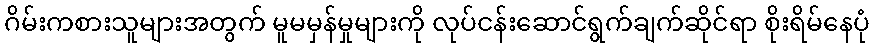
ဂိမ်းကစားသူများအတွက် မူမမှန်မှုများကို လုပ်ငန်းဆောင်ရွက်ချက်ဆိုင်ရာ စိုးရိမ်နေပုံ